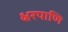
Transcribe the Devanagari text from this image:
क्षरपाणि